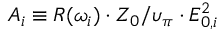
A _ { i } \equiv R ( \omega _ { i } ) \cdot Z _ { 0 } / \upsilon _ { \pi } \cdot E _ { 0 , i } ^ { 2 }